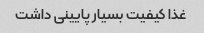
غذا کیفیت بسیار پایینی داشت